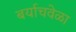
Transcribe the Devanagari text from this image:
बर्याचवेळा